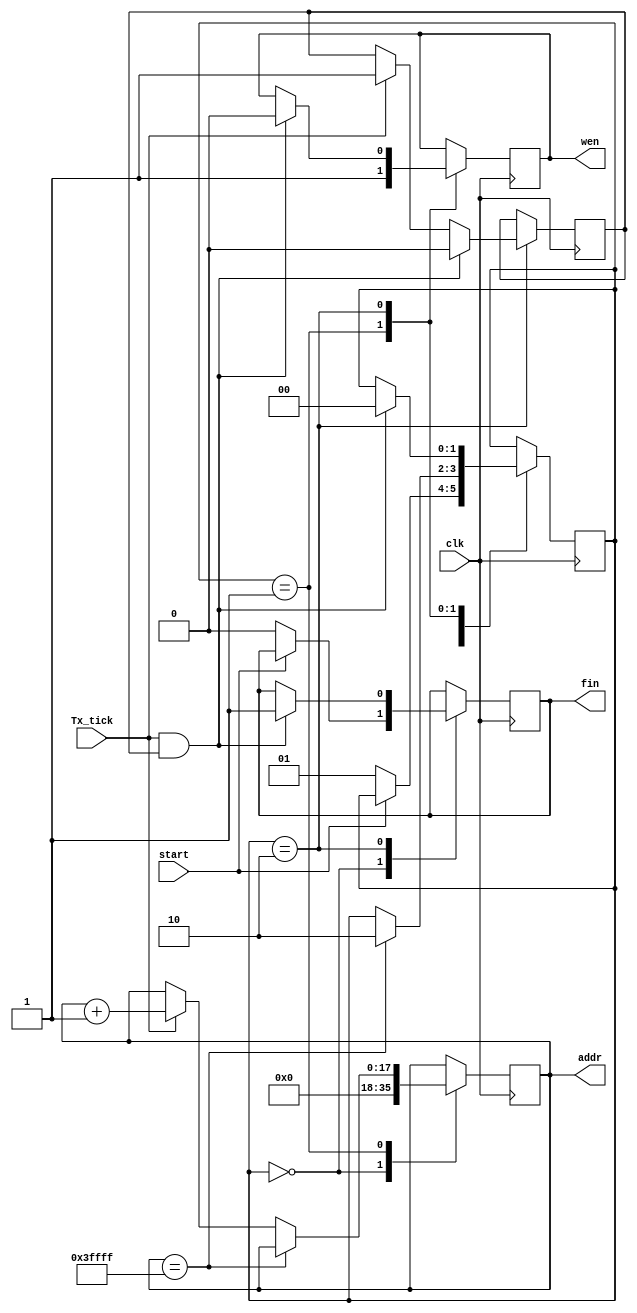
module Data_retriever(clk,addr,wen,fin,start,Tx_tick);

input clk,Tx_tick,start;
output reg [17:0] addr=18'b0;
output reg wen=0;
output reg fin=0;
reg flag=0;
reg [1:0]STATE=2'b00;

parameter IDLE=2'b0;
parameter TRANSMITTING=2'b01; 
parameter DONE=2'b10;


always @(posedge clk)
 case(STATE)
 IDLE:
	begin
	addr<=18'b0;
	if (start==0)
		begin
			fin<=0;
			STATE<=TRANSMITTING;
		end
	end
 TRANSMITTING:
	begin
		wen<=1;
		if (addr==18'd262143 )
			begin
			STATE<=DONE;
			end
		else if(Tx_tick==1)
			begin
			addr<=addr+1;
			end
	end
 DONE:
		if(Tx_tick==1 & flag==1)
		begin
			STATE<=IDLE;
			fin<=1;
			wen<=0;
			flag<=0;
		end
		else if (Tx_tick==1)
		begin
			flag<=1;
		end
 endcase
endmodule